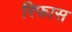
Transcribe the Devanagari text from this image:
रिफास